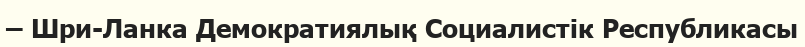
– Шри-Ланка Демократиялық Социалистік Республикасы